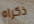
ذكراه